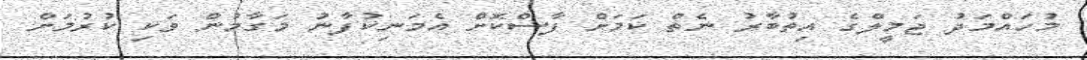
މުހައްމަދު ޖަމީލްގެ އިތުބާރު ނެތް ކަމަށް ފާސްކޮށް އެމަނިކުފާނު މަގާމުން ވަކި ކުރުމަށް